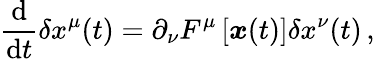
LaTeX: \frac{\mathrm{d}}{\mathrm{d}t}\delta x^{\mu}(t)=\partial_{\nu}F^{\mu}\left[\boldsymbol{x}(t)\right]\delta x^{\nu}(t)\, ,